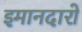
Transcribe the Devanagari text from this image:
इमानदारो